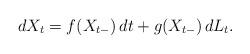
LaTeX: \begin{align*}dX_t = f(X_{t-}) \, dt + g(X_{t-}) \, dL_t. \end{align*}